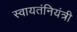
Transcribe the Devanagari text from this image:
स्वायतंनियंत्री